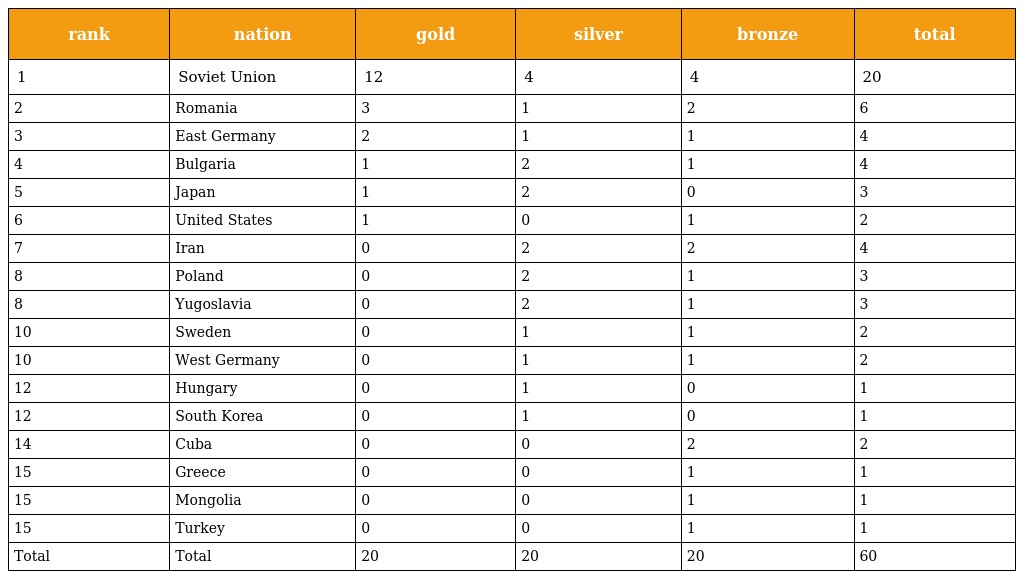
| rank | nation | gold | silver | bronze | total |
 | --- | --- | --- | --- | --- | --- |
 | 1 | Soviet Union | 12 | 4 | 4 | 20 |
 | 2 | Romania | 3 | 1 | 2 | 6 |
 | 3 | East Germany | 2 | 1 | 1 | 4 |
 | 4 | Bulgaria | 1 | 2 | 1 | 4 |
 | 5 | Japan | 1 | 2 | 0 | 3 |
 | 6 | United States | 1 | 0 | 1 | 2 |
 | 7 | Iran | 0 | 2 | 2 | 4 |
 | 8 | Poland | 0 | 2 | 1 | 3 |
 | 8 | Yugoslavia | 0 | 2 | 1 | 3 |
 | 10 | Sweden | 0 | 1 | 1 | 2 |
 | 10 | West Germany | 0 | 1 | 1 | 2 |
 | 12 | Hungary | 0 | 1 | 0 | 1 |
 | 12 | South Korea | 0 | 1 | 0 | 1 |
 | 14 | Cuba | 0 | 0 | 2 | 2 |
 | 15 | Greece | 0 | 0 | 1 | 1 |
 | 15 | Mongolia | 0 | 0 | 1 | 1 |
 | 15 | Turkey | 0 | 0 | 1 | 1 |
 | Total | Total | 20 | 20 | 20 | 60 |